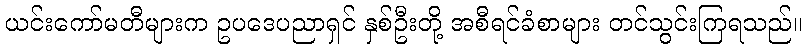
ယင်းကော်မတီများက ဥပဒေပညာရှင် နှစ်ဦးတို့ အစီရင်ခံစာများ တင်သွင်းကြရသည်။